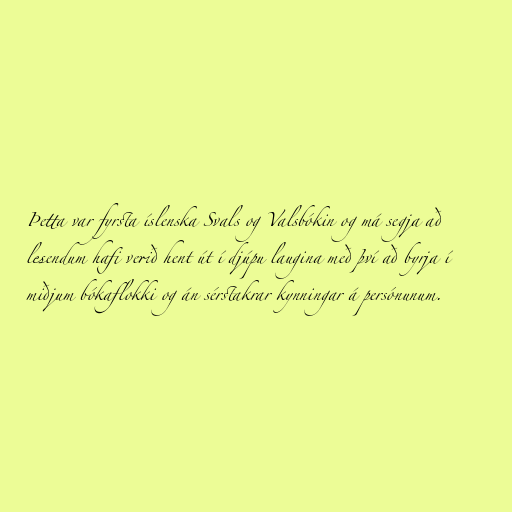
Þetta var fyrsta íslenska Svals og Valsbókin og má segja að
lesendum hafi verið hent út í djúpu laugina með því að byrja í
miðjum bókaflokki og án sérstakrar kynningar á persónunum.